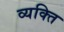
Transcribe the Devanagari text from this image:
व्‍यक्‍ति